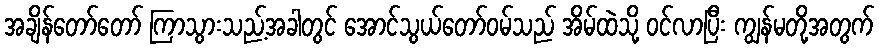
အချိန်တော်တော် ကြာသွားသည့်အခါတွင် အောင်သွယ်တော်ဝမ်သည် အိမ်ထဲသို့ ဝင်လာပြီး ကျွန်မတို့အတွက်